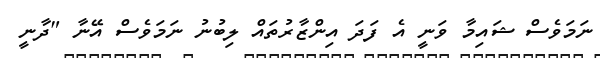
ނަމަވެސް ޝައިމާ ވަނީ އެ ފަދަ އިންޒާރުތައް ލިބުނު ނަމަވެސް އޭނާ "ދާނީ